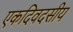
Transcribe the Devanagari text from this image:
एकदिवदसीय